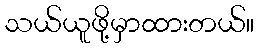
သယ်ယူဖို့မှာထားတယ်။